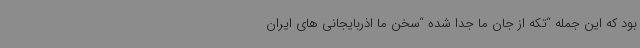
بود که این جمله “تکه از جان ما جدا شده “سخن ما اذربایجانی های ایران